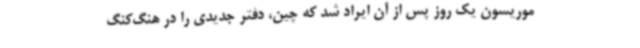
موریسون یک روز پس از آن ایراد شد که چین، دفتر جدیدی را در هنگ‌کنگ